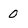
Character: 0